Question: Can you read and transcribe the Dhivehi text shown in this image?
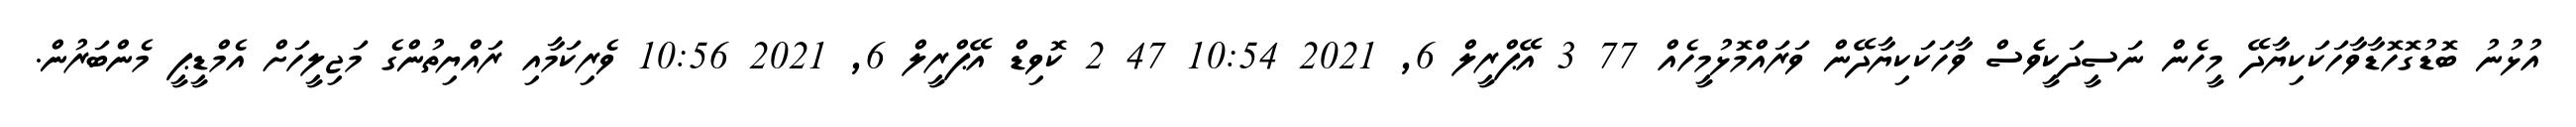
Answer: އުޅުނު ބޮޑުގޮހޮޑާވާހަކަކިޔާދޭ މީހެން ނަސީދަކީވެެސް ވާހަކަކިޔާދޭން ވަރައްމޮޅުމީހެއް 77 3 އޭޕްރީލް 6, 2021 10:54 47 2 ކޮވިޑް އޭޕްރީލް 6, 2021 10:56 ވެރިކަމާއި ރައްޔިތުންގެ މަޖިލީހަށް އެމްޑީޕީ މެންބަރުން.